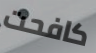
كافحت